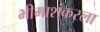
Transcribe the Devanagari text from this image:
भीमाशंकरला